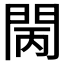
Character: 𨳵